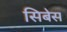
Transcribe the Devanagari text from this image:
सिबेस